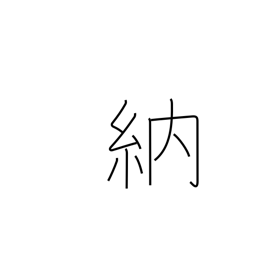
Meaning: obtain